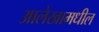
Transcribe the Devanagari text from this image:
आलेखामधील